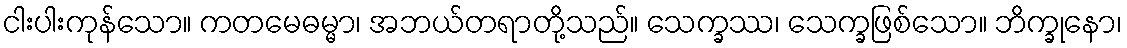
ငါးပါးကုန်သော။ ကတမေဓမ္မာ၊ အဘယ်တရာတို့သည်။ သေက္ခဿ၊ သေက္ခဖြစ်သော။ ဘိက္ခုနော၊